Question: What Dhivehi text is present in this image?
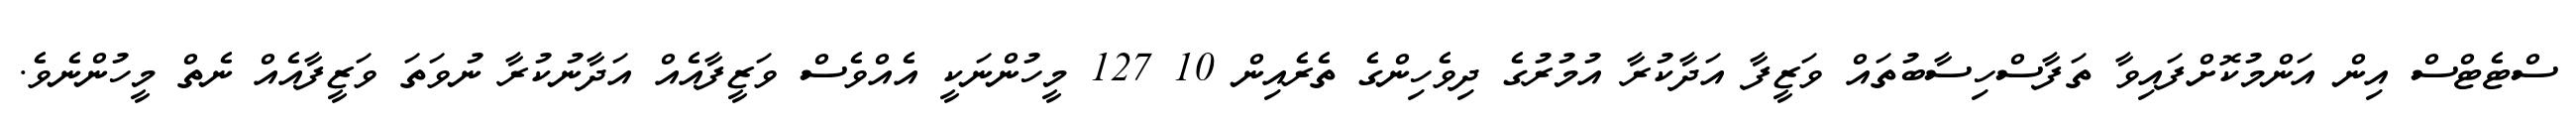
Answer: ސްޓެޓްސް އިން އަންމުކޮށްފައިވާ ތަފާސްހިސާބުތައް ވަޒީފާ އަދާކުރާ އުމުރުގެ ދިވެހިންގެ ތެރެއިން 10 127 މީހުންނަކީ އެއްވެސް ވަޒީފާއެއް އަދާނުކުރާ ނުވަތަ ވަޒީފާއެއް ނެތް މީހުންނެވެ.